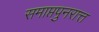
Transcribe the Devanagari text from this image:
समाप्तपुनरात्त